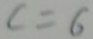
c = 6